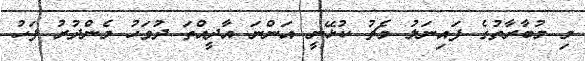
މި މުބާރާތުގެ ފައިނަލު މެޗު ކުޅޭނީ އަންނަ އާދީއްތަ ދުވަހު މެންދުރު ފަހު